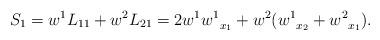
LaTeX: \begin{align*}S_1 = w^1L_{11} + w^2 L_{21}= 2w^1{w^1}_{\substack{\\x_1}} + w^2({w^1}_{\substack{\\x_2}} + {w^2}_{\substack{\\x_1}}).\end{align*}